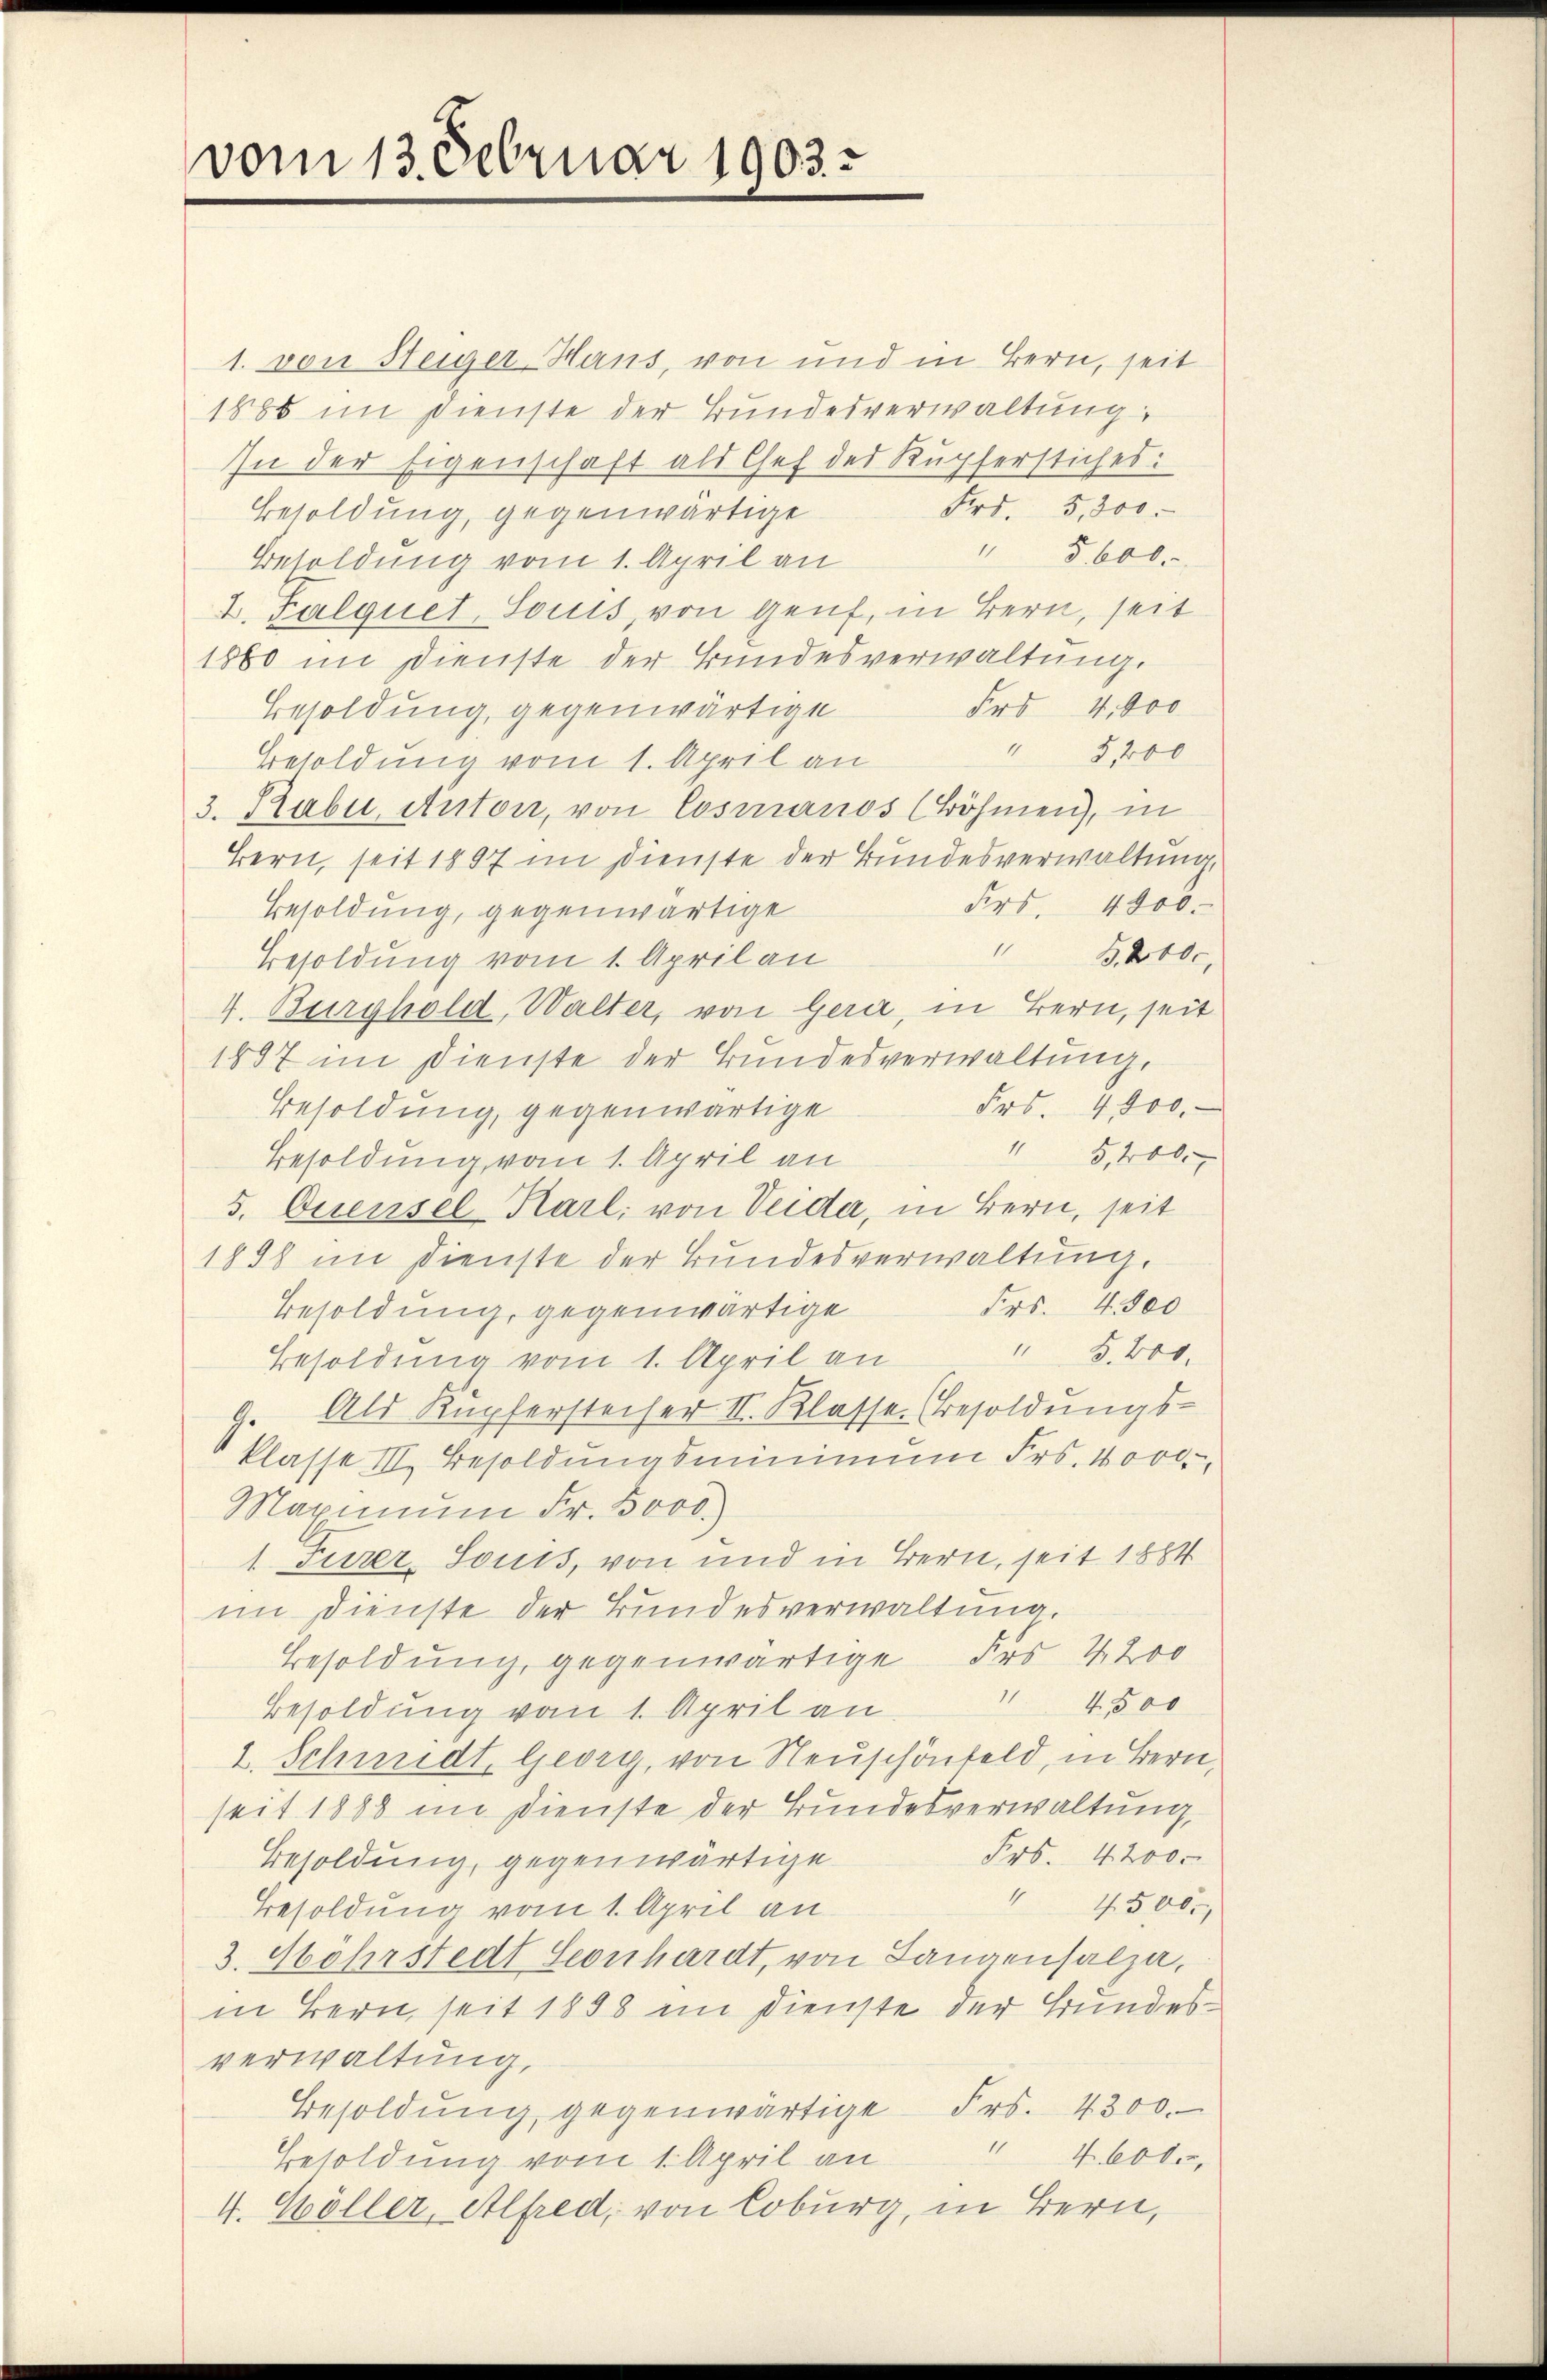
vom 13. Februar 1903.

1. von Steiger-Haus, von und in Bern, seit
1880 im Dienste der Bundesverwaltung
In der Eigenschaft als Chef des Kupferstiches:
Frs. 5,300.
Besoldung, gegenwärtige
" 5600.
Besoldung vom 1. April an
2. Falquet, Souis, von Genf, in Bern, seit
1860 im Dienste der Bundesverwaltung.
Frs 4,000
Besoldung, gegenwärtige
" 8400
Besoldung vom 1. April an
3. Rabe, Anton, von Cosmanos (Böhmen), in
Bern, seit 1897 im Dienste der Bundesverwaltung,
Frs. 4800.
Besoldung, gegenwärtige
B. 2000,
Besoldung vom 1. April an
V. Burghold, Walter, von Gera, in Bern, seit
1887 im Dienste der Bundesverwaltung,
Frs. 4000.
Besoldung, gegenwärtige
15,200. 7
Besoldung vom 1. April an
5. Diensel-Karl, von Veida, in Bern, seit
1898 im Dienste der Bundesverwaltung.
Frs. 4 500
Besoldung, gegenwärtige
" 5.400.
Besoldung vom 1. April an
9. Als Kupfersteifer II. Klasse. Besoldungsklasse III. Besoldungsminimum Fr. 4000.
Maximŭm Fr. 5000.)
1. Furer, Souts, von und in Bern, seit 1884
im Dienste der Bundesverwaltung.
Besoldung, gegenwärtige Frs. 1200
 4500
Besoldung vom 1. April an
2. Schmidt, Georg, von Neuschönfeld, in Bern,
seit 1888 im Dienste der Bundesverwaltung,
Frs. 4200.
Besoldung, gegenwärtige
 45000
Besoldung vom 1. April an
3. Mährstedt Leonhardt, von Langensalza,
in Bern, seit 1858 im Dienste der Bundesverwaltung,
Besoldŭng gegenwärtige Frs. 4300.
11
4. 600,
Besoldung vom 1. April an
4. Möller, Alfred, von Coburg, in Bern,